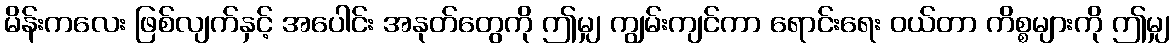
မိန်းကလေး ဖြစ်လျက်နှင့် အပေါင်း အနုတ်တွေကို ဤမျှ ကျွမ်းကျင်ကာ ရောင်းရေး ဝယ်တာ ကိစ္စများကို ဤမျှ